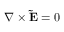
\nabla \times \mathbf { \tilde { E } } = 0